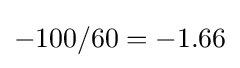
-100/60=-1.66